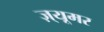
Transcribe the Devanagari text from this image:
ज़्यूमर